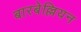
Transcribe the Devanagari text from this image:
बारबेल्लियन